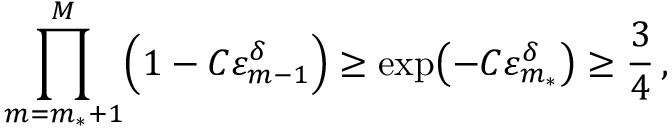
\prod _ { m = m _ { * } + 1 } ^ { M } \Bigl ( 1 - C \varepsilon _ { m - 1 } ^ { \delta } \Bigr ) \geq \exp \bigl ( - C \varepsilon _ { m _ { * } } ^ { \delta } \bigr ) \geq \frac { 3 } { 4 } \, ,